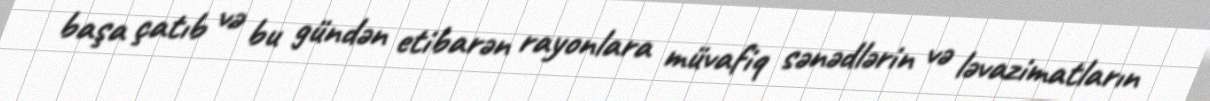
başa çatıb və bu gündən etibarən rayonlara müvafiq sənədlərin və ləvazimatların